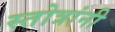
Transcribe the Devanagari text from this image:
स्तोत्रांनी